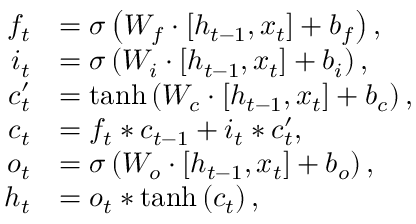
\begin{array} { r l } { f _ { t } } & { = \sigma \left( W _ { f } \cdot \left[ h _ { t - 1 } , x _ { t } \right] + b _ { f } \right) , } \\ { i _ { t } } & { = \sigma \left( W _ { i } \cdot \left[ h _ { t - 1 } , x _ { t } \right] + b _ { i } \right) , } \\ { c _ { t } ^ { \prime } } & { = \operatorname { t a n h } \left( W _ { c } \cdot \left[ h _ { t - 1 } , x _ { t } \right] + b _ { c } \right) , } \\ { c _ { t } } & { = f _ { t } * c _ { t - 1 } + i _ { t } * c _ { t } ^ { \prime } , } \\ { o _ { t } } & { = \sigma \left( W _ { o } \cdot \left[ h _ { t - 1 } , x _ { t } \right] + b _ { o } \right) , } \\ { h _ { t } } & { = o _ { t } * \operatorname { t a n h } \left( c _ { t } \right) , } \end{array}